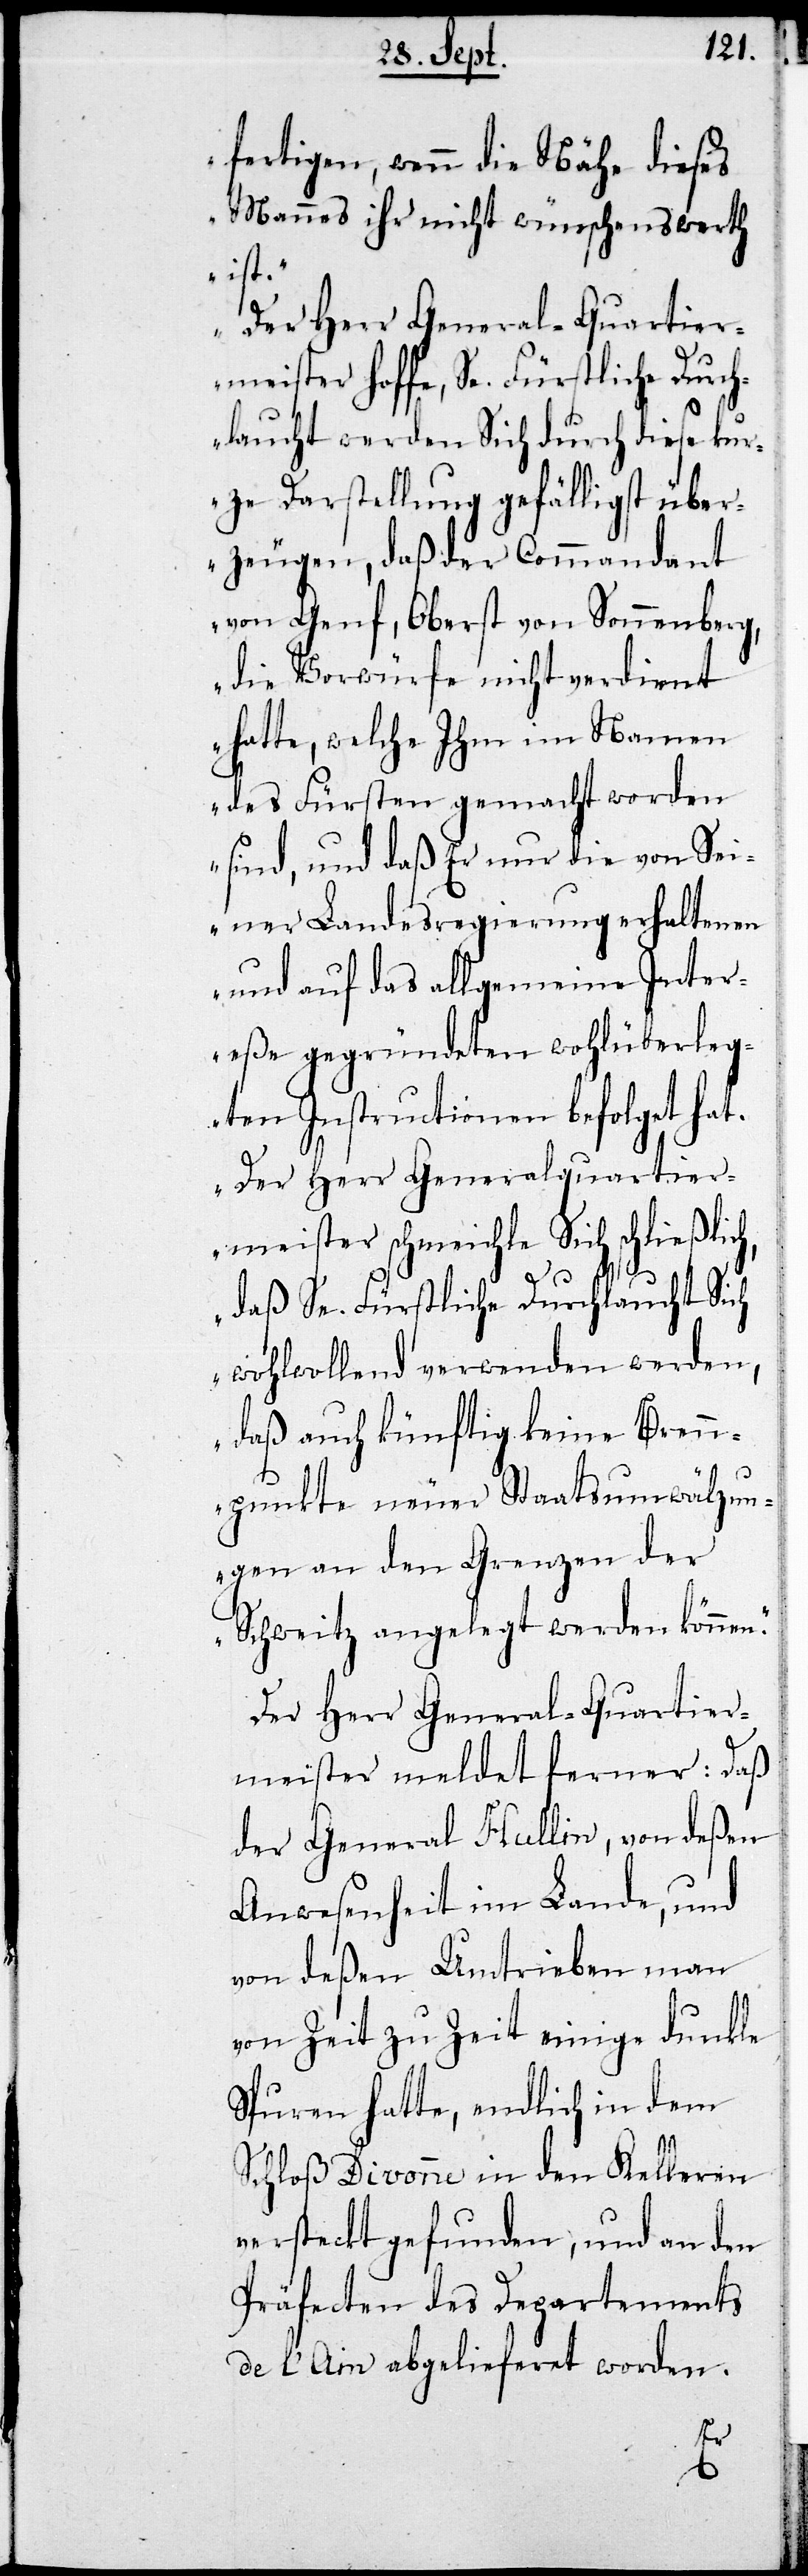
fertigen, wenn die Nähe dieses
Mannes ihr nicht wünschenswerth
ist.
Der Herr General-Quartier¬
meister hoffe, Se. Fürstliche Durch¬
laucht werden Sich durch diese kur¬
ze Darstellung gefälligst über¬
zeugen, daß der Commandant
von Genf, Oberst von Sonnenberg,
die Vorwürfe nicht verdient
hatte, welche Ihm im Namen
des Fürsten gemacht worden
sind, und daß Er nur die von Sei¬
ner Landesregierung erhaltenen
und auf das allgemeine Inter¬
eße gegründeten wohlüberleg¬
ten Instructionen befolget hat.
Der Herr Generalquartier¬
meister schmeichle Sich schließlic¬
daß Se. Fürstliche Durchlaucht Sich
wohlwollend verwenden werden,
daß auch künftig keine Bren¬
npunkte neuer Staatsumwälzun¬
gen an den Grenzen der
Schweitz angelegt werden können.“
Der Herr General-Quartier¬
meister meldet ferner: Daß
der General Hullin, von deßen
Anwesenheit im Lande, und
von deßen Umtrieben man
von Zeit zu Zeit einige dunkle
Spuren hatte, endlich in dem
Schloß Divonne in den Kelleren
versteckt gefunden, und an den
Präfecten des Departements
de l’Ain abgelieferet worden.
h,